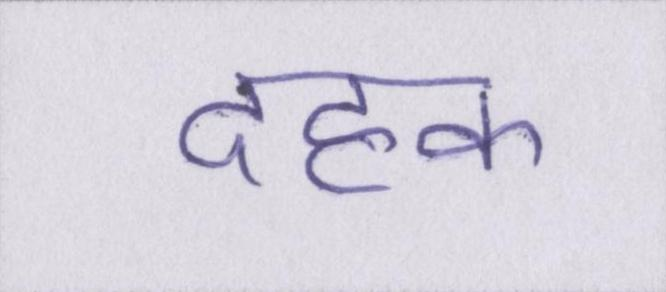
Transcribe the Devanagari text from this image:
दहक